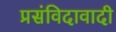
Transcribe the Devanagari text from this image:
प्रसंविदावादी